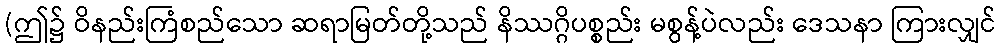
(ဤ၌ ဝိနည်းကြံစည်သော ဆရာမြတ်တို့သည် နိဿဂ္ဂိပစ္စည်း မစွန့်ပဲလည်း ဒေသနာ ကြားလျှင်